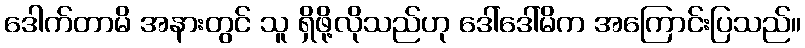
ဒေါက်တာမိ အနားတွင် သူ ရှိဖို့လိုသည်ဟု ဒေါ်ဒေါ်မိက အကြောင်းပြသည်။